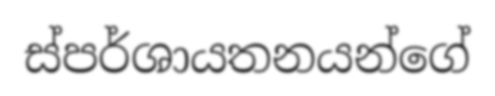
ස්පර්ශායතනයන්ගේ